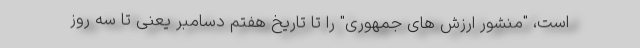
است، "منشور ارزش های جمهوری" را تا تاریخ هفتم دسامبر یعنی تا سه روز